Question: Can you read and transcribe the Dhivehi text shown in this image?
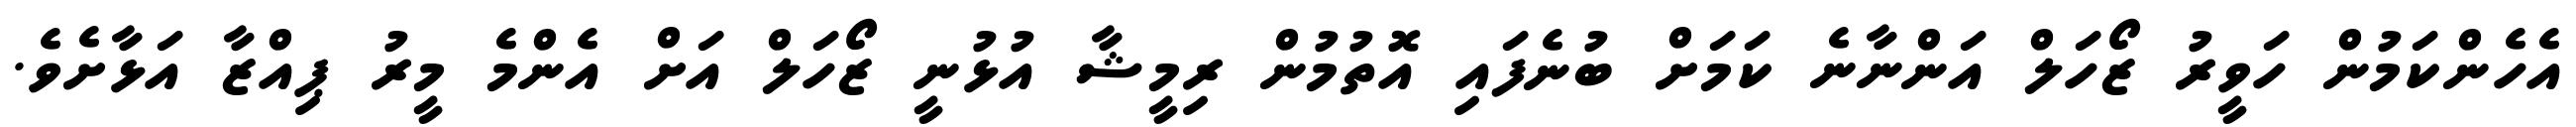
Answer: އެހެންކަމުން ހަވީރު ޒޯހަލް އަންނާނެ ކަމަށް ބުނެފައި އޮތުމުން ރިމީޝާ އުޅުނީ ޒޯހަލް އަށް އެންމެ މީރު ޕިއްޒާ އަޅާށެވެ.